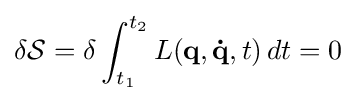
\delta {\mathcal {S}}=\delta \int _{t_{1}}^{t_{2}}L(\mathbf {q} ,\mathbf {\dot {q}} ,t)\,dt=0